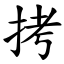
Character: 拷